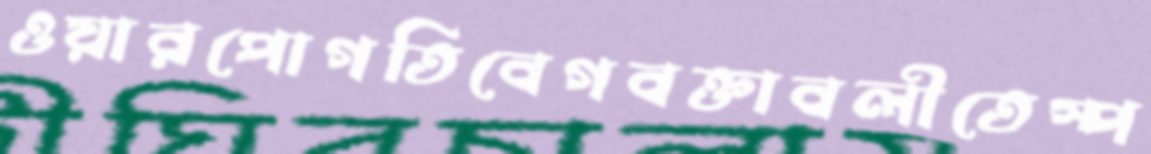
ওয়ারপোগতিবেগবক্তাবলীতেস্প